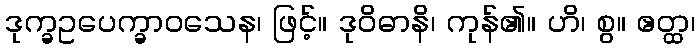
ဒုက္ခဥပေက္ခာဝသေန၊ ဖြင့်။ ဒုဝိဓာနိ၊ ကုန်၏။ ဟိ၊ စွ။ ဧတ္ထ၊